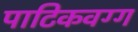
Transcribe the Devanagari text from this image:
पाटिकवग्ग